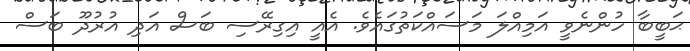
ޙަބީބާ ހުންނެވީ އަމިއްލަ މަސައްކަތުގައެވެ. އެއީ އިގިރޭސި ބަސް އަދި އުރުދޫ ބަސް